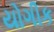
યોગીક